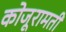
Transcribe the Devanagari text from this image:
कोजूरामती